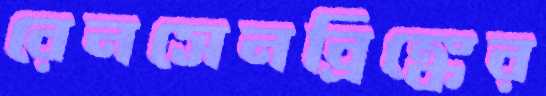
রেনসেনব্রিঙ্কের